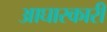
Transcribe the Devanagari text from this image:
आघारकारी